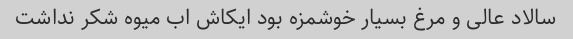
سالاد عالی و مرغ بسیار خوشمزه بود ایکاش اب میوه شکر نداشت